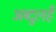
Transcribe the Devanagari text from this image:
अब्दुलहै